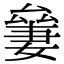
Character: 𠬎